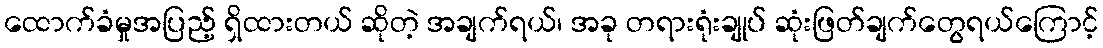
ထောက်ခံမှုအပြည့် ရှိထားတယ် ဆိုတဲ့ အချက်ရယ်၊ အခု တရားရုံးချုပ် ဆုံးဖြတ်ချက်တွေရယ်ကြောင့်